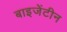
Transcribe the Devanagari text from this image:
बाइजेंटीन